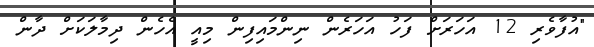
"އުފާވެރި 12 އަހަރަށް ފަހު އަހަރެން ނިންމައިފިން މިއީ އެހެން ދިމާލަކަށް ދާން